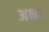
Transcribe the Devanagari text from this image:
अक्ष।